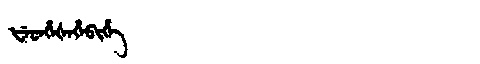
Manchu: ᡶᡝᡨᡥᡝᡧᡝᡥᡝᠪᡳᡥᡝ
Romanization: FETHEŠEHEBIHE